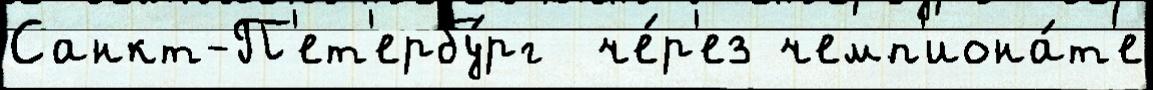
Санкт-П'ет'ербу́рг  че́р'ез чемп'иона́т'е